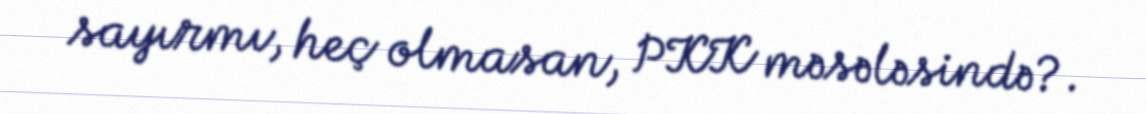
sayırmı, heç olmasan, PKK məsələsində?.